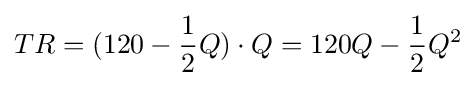
TR=(120-{\frac {1}{2}}Q)\cdot Q=120Q-{\frac {1}{2}}Q^{2}